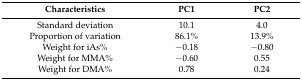
| Characteristics | PC1 | PC2 |
 | --- | --- | --- |
 | Standard deviation | 10.1 | 4.0 |
 | Proportion of variation | 86.1% | 13.9% |
 | Weight for iAs% | −0.18 | −0.80 |
 | Weight for MMA% | −0.60 | 0.55 |
 | Weight for DMA% | 0.78 | 0.24 |